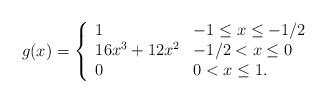
LaTeX: \begin{align*}g(x)=\left\{\begin{array}[c]{ll}1 & -1\leq x\leq-1/2\\16x^{3}+12x^{2} & -1/2<x\leq0\\0 & 0<x\leq1.\end{array}\right.\end{align*}